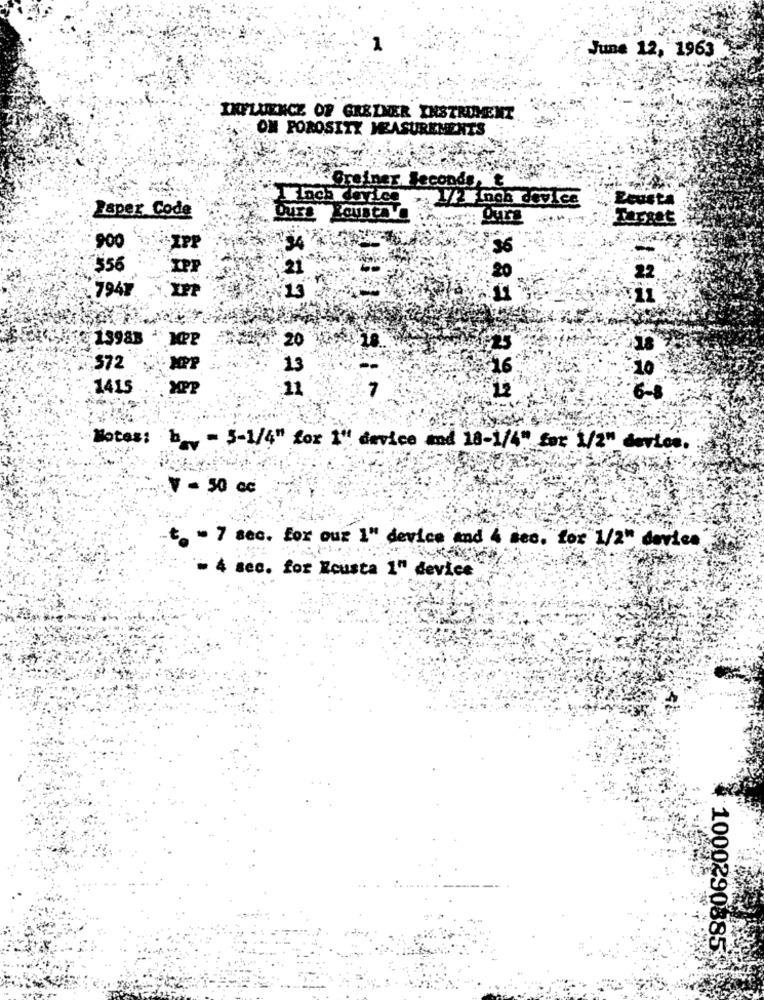
June 12, 1963
INFLUENCE OF GREINER INSTRUMENT
ON POROSITY MEASUREMENTS
Greiner Seconds, t
Ecusta
Paper Code
1/2 Inch device
Target
900
34
36
$56
20
22
7941
13
13983
2 20
372
13
1415
11
Notes: b - 3-1/4" for 1" device and 18-1/4" for 1/2" device.
V = 50 cc
t. " 7 sec. For our 1" device and 4 dec."for"1/2" device
= 4 sec. for Reusta 1" device
1000290885